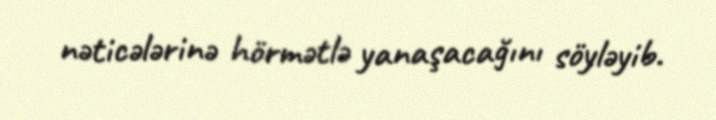
nəticələrinə hörmətlə yanaşacağını söyləyib.